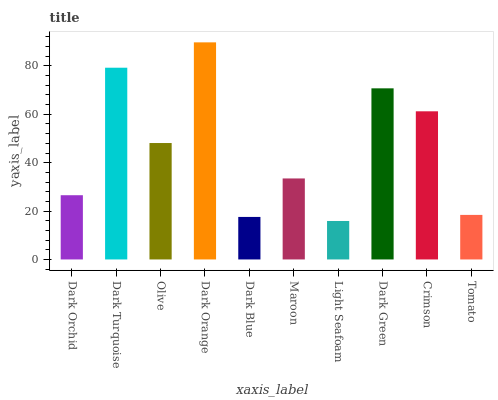
| xaxis_label | bars |
 | --- | --- |
 | Dark Orchid | 26.6 |
 | Dark Turquoise | 79.3 |
 | Olive | 48.1 |
 | Dark Orange | 89.7 |
 | Dark Blue | 17.6 |
 | Maroon | 33.5 |
 | Light Seafoam | 15.9 |
 | Dark Green | 70.7 |
 | Crimson | 61.2 |
 | Tomato | 18.4 |